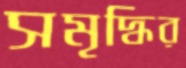
সমৃদ্ধির